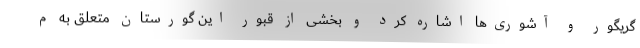
گریگور و آشوری‌ها اشاره کرد و بخشی از قبور این گورستان متعلق به م